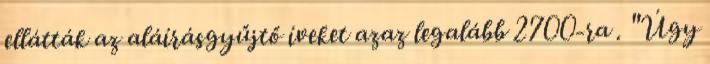
ellátták az aláírásgyűjtő íveket azaz legalább 2700-ra . "Úgy